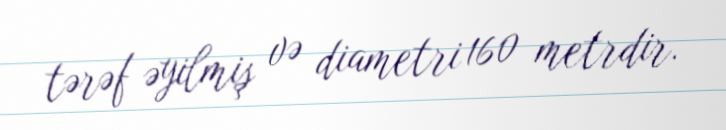
tərəf əyilmiş və diametri 160 metrdir.